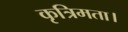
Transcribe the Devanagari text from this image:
कृत्रिमता।